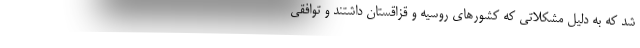
شد که به دلیل مشکلاتی که کشورهای روسیه و قزاقستان داشتند و توافقی